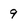
Character: 9